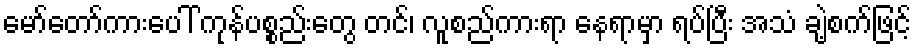
မော်တော်ကားပေါ် ကုန်ပစ္စည်းတွေ တင်၊ လူစည်ကားရာ နေရာမှာ ရပ်ပြီး အသံ ချဲ့စက်ဖြင့်